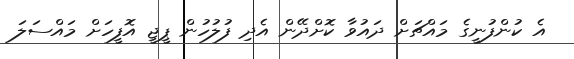
އެ ކުންފުނީގެ މައްޗަށް ދައުވާ ކޮށްދޭން އެދި ފުލުހުން ޕީޖީ އޮފީހަށް މައްސަލަ